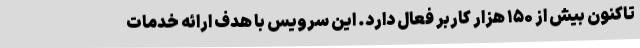
تاکنون بیش از ۱۵۰ هزار کاربر فعال دارد. این سرویس با هدف ارائه خدمات